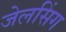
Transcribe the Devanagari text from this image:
जेलसिंग